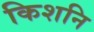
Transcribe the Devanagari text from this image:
किशनि